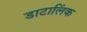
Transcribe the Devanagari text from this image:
डाटालिंक